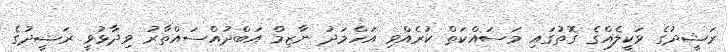
ރަޝީދުގެ ވަކީލެއްގެ ގޮތުގައި މަސައްކަތް ކުރެއްވި އަހްމަދު ނާޒިމް އަބްދުއްސައްތާރު ވިދާޅުވީ ރަޝީދުގެ